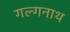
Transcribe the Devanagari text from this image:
गल्गनाथ